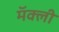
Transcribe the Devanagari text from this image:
मॅक्ली